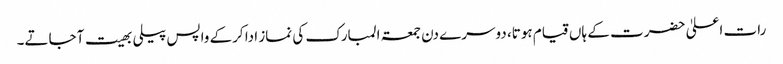
رات اعلیٰ حضرت کے ہاں قیام ہوتا، دوسرے دن جمعۃ المبارک کی نماز ادا کرکے واپس پیلی بھیت آجاتے۔